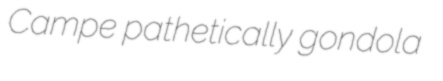
Campe pathetically gondola